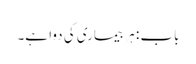
باب : ہر بیماری کی دوا ہے۔